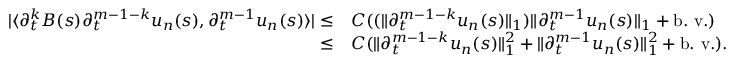
\begin{array} { r l } { | \langle \partial _ { t } ^ { k } B ( s ) \partial _ { t } ^ { m - 1 - k } u _ { n } ( s ) , \partial _ { t } ^ { m - 1 } u _ { n } ( s ) \rangle | \leq } & { C ( ( \| \partial _ { t } ^ { m - 1 - k } u _ { n } ( s ) \| _ { 1 } ) \| \partial _ { t } ^ { m - 1 } u _ { n } ( s ) \| _ { 1 } + \mathrm { b . ~ v . } ) } \\ { \leq } & { C ( \| \partial _ { t } ^ { m - 1 - k } u _ { n } ( s ) \| _ { 1 } ^ { 2 } + \| \partial _ { t } ^ { m - 1 } u _ { n } ( s ) \| _ { 1 } ^ { 2 } + \mathrm { b . ~ v . } ) . } \end{array}